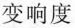
变响度